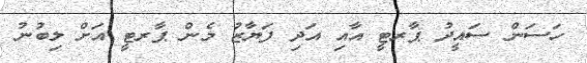
ހަސަަން ސައީދު ޕާރޓީ އާއި އަދި ފަޔާޒު މެން ޕާރޓީ އަށް ލިބުނު